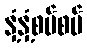
နှံ့နှံ့စပ်စပ်